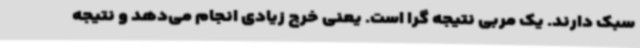
سبک دارند. یک مربی نتیجه گرا است. یعنی خرج زیادی انجام می‌دهد و نتیجه